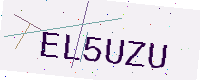
Text: EL5UZU